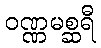
ဝဏ္ဏမစ္ဆရီ